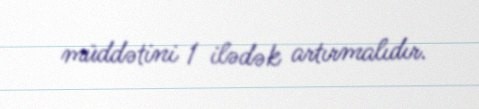
müddətini 1 ilədək artırmalıdır.